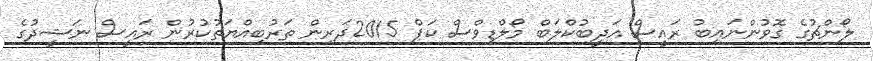
ލޯންޗުގެ ގޮވުންނައިބު ރައީސް އަދީބުކްލަބް މޯލްޑިވްސް ކަޕް 2015ދަރިން ތަރުބިއްޔަތުކުރުން ރައީސް ނަޝީދުގެ